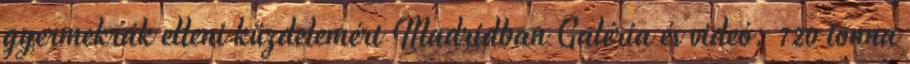
gyermekrák elleni küzdelemért Madridban Galéria és videó: 720 tonna